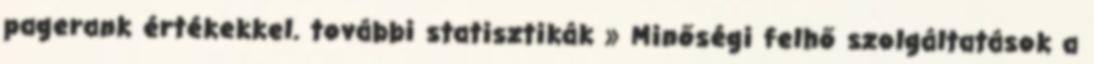
pagerank értékekkel. további statisztikák » Minőségi felhő szolgáltatások a